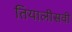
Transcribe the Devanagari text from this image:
तियालीसवी